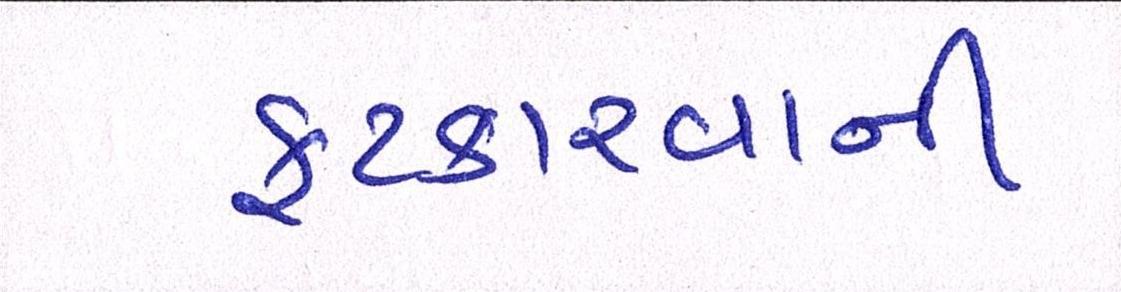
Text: ફટકારવાની